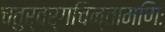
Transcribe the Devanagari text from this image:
चतुर्वर्गचिन्तामणिः